Report of the King Institute of Preventive Medicine, Guindy
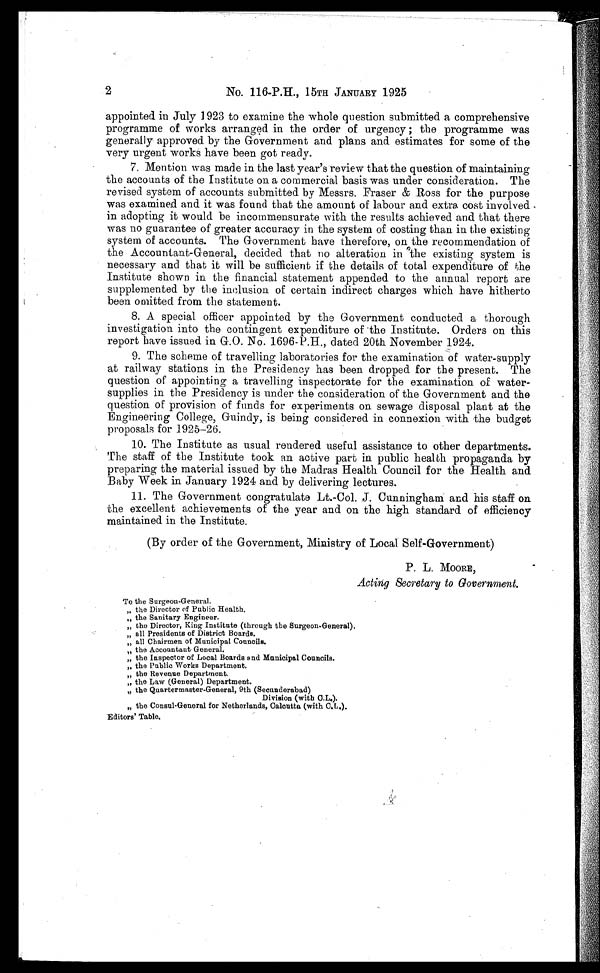
2
No. 116-P.H., 15TH JANUARY 1925
appointed in July 1923 to examine the whole question submitted a comprehensive
programme of works arranged in the order of urgency ; the programme was
generally approved by the Government and plans and estimates for some of the
very urgent works have been got ready.
7. Mention was made in the last year's review that the question of maintaining
the accounts of the Institute on a commercial basis was under consideration. The
revised system of accounts submitted by Messrs. Fraser & Ross for the purpose
was examined and it was found that the amount of labour and extra cost involved,
in adopting it would be incommensurate with the results achieved and that there
was no guarantee of greater accuracy in the system of costing than in the existing
system of accounts. The Government have therefore, on the recommendation of
the Accountant-General, decided that no alteration in the existing system is
necessary and that it will be sufficient if the details of total expenditure of the
institute shown in the financial statement appended to the annual report are
supplemented by the inclusion of certain indirect charges which have hitherto
been omitted from the statement.
8. A special officer appointed by the Government conducted a thorough
investigation into the contingent expenditure of the Institute. Orders on this
report have issued in G.O. No. 1696-P.H., dated 20th November 1924.
9. The scheme of travelling laboratories for the examination of water-supply
at railway stations in the Presidency has been dropped for the present. The
question of appointing a travelling inspectorate for the examination of water-
supplies in the Presidency is under the consideration of the Government and the
question of provision of funds for experiments on sewage disposal plant at the
Engineering College, Guindy, is being considered in connexion with the budget
proposals for 1925-26.
10. The Institute as usual rendered useful assistance to other departments.
The staff of the Institute took an active part in public health propaganda by
preparing the material issued by the Madras Health Council for the Health and
Baby Week in January 1924 and by delivering lectures.
11. The Government congratulate Lt.-Col. J. Cunningham and his staff on
the excellent achievements of the year and on the high standard of efficiency
maintained in the Institute.
(By order of the Government, Ministry of Local Self-Government)
P. L. MOORE,
Acting Secretary to Government.
To the Surgeon-General.
„the Director of Public Health.
„ the Sanitary Engineer.
„the Director, King Institute (through the Surgeon-General).
„all Presidents of District Boards.
„all Chairmen of Municipal Councils.
„ the Accountant General.
„the Inspector of Local Boards and Municipal Councils.
„ the Public Works Department.
„the Revenue Department.
„the Law (General) Department.
„the Quartermaster-General, 9th (Secunderabad)
Division (with C.L.).
„the Consul-General for Netherlands, Calcutta (with C.L.).
Editors' Table.